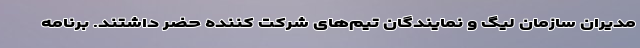
مدیران سازمان لیگ و نمایندگان تیم‌های شرکت کننده حضر داشتند. برنامه